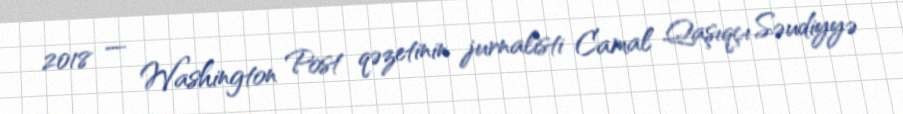
2018 — Washington Post qəzetinin jurnalisti Camal Qaşıqçı Səudiyyə